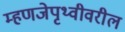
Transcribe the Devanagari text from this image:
म्हणजेपृथ्वीवरील